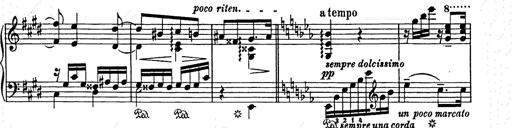
Title: Ave Maria
Composer: Joseph Ascher
Key: D-flat major